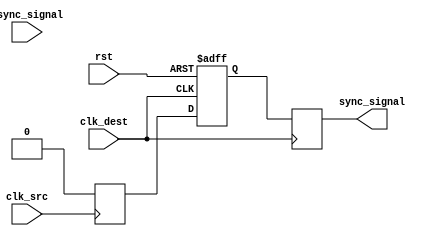
module pulsed_synchronizer (
    input wire async_signal,    // Asynchronous input signal from source domain
    input wire clk_src,         // Clock for source domain
    input wire clk_dest,        // Clock for destination domain
    input wire rst,             // Asynchronous reset signal
    output reg sync_signal       // Synchronized output signal to destination domain
);

reg ff1;                      // First stage flip-flop output in source domain
reg ff2;                      // Second stage flip-flop output in destination domain
reg pulse;                    // Intermediate pulse signal

// First flip-flop in source clock domain
always @(posedge clk_src or posedge rst) begin
    if (rst) begin
        ff1 <= 1'b0;
    end else begin
        ff1 <= async_signal; // Capture the async signal
    end
end

// Pulse generation logic
always @(posedge clk_src) begin
    pulse <= ff1 & ~ff1; // Generate a short pulse on rising edge of async_signal
end

// Second flip-flop in destination clock domain
always @(posedge clk_dest or posedge rst) begin
    if (rst) begin
        ff2 <= 1'b0;
    end else begin
        ff2 <= pulse; // Capture the pulse in the destination domain
    end
end

// Output the synchronized signal
always @(posedge clk_dest) begin
    sync_signal <= ff2; // Assign the output signal
end

endmodule